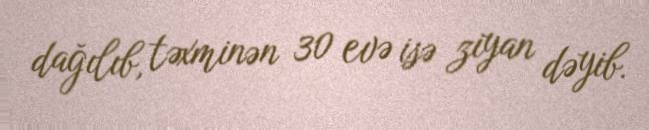
dağılıb, təxminən 30 evə isə ziyan dəyib.